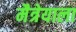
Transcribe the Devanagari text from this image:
मैत्रेयाला